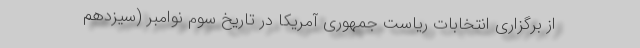
از برگزاری انتخابات ریاست جمهوری آمریکا در تاریخ سوم نوامبر (سیزدهم